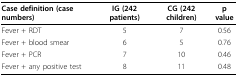
| Case definition (case numbers) | IG (242 patients) | CG (242 children) | p value |
 | --- | --- | --- | --- |
 | Fever + RDT | 5 | 7 | 0.56 |
 | Fever + blood smear | 6 | 5 | 0.76 |
 | Fever + PCR | 7 | 10 | 0.46 |
 | Fever + any positive test | 8 | 11 | 0.48 |